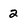
Character: 2